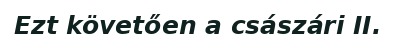
Ezt követően a császári II.